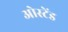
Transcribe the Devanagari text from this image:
ओस्टेंड